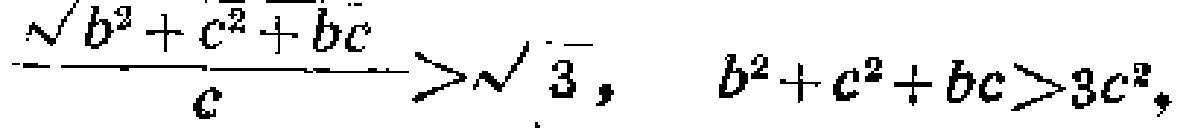
$\frac{\sqrt{b^{2}+c^{2}+bc}}{c}>\sqrt{3},\ \ b^{2}+c^{2}+bc > 3c^{2},$